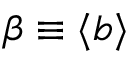
\beta \equiv \langle b \rangle